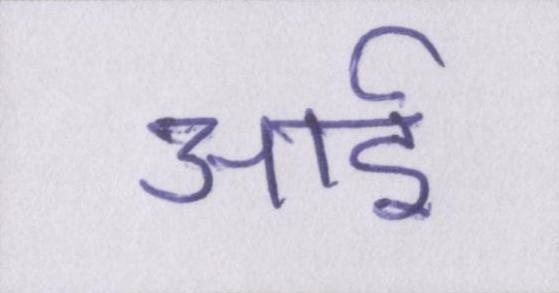
आई